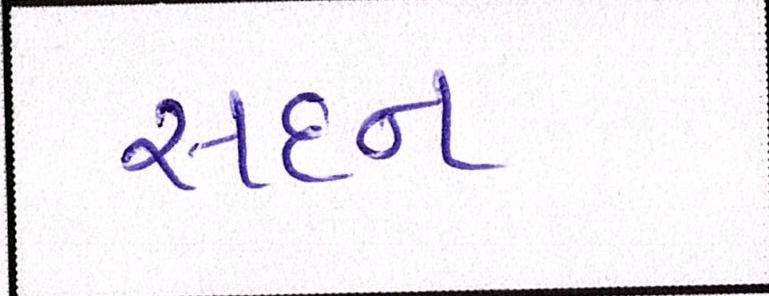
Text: સદન